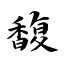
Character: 馥